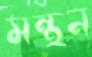
মন্থন